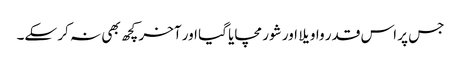
جس پر اس قدر واویلا اور شور مچایا گیا اور آخر کچھ بھی نہ کر سکے۔